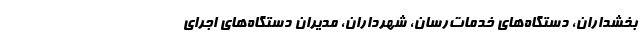
بخشداران، دستگاه‌های خدمات‌رسان، شهرداران، مدیران دستگاه‌های اجرای